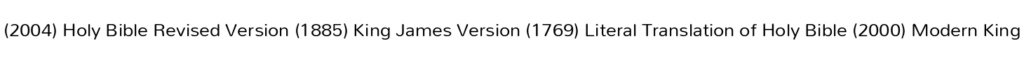
(2004) Holy Bible Revised Version (1885) King James Version (1769) Literal Translation of Holy Bible (2000) Modern King